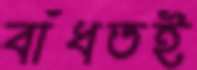
বাঁধতই